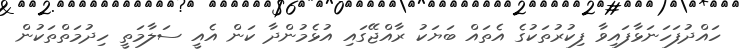
ހައްދުފަހަނަޅާފައިވާ ފިކުރުތަކުގެ އެތައް ބަޔަކު ރާއްޖޭގައި އުޅެމުންދާ ކަން އެއީ ސަލާމަތީ ހިދުމަތްތަކުން